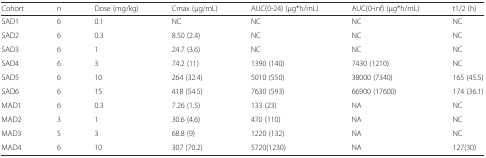
| Cohort | n | Dose (mg/kg) | Cmax (μg/mL) | AUC(0-24) (μg*h/mL) | AUC(0-inf) (μg*h/mL) | t1/2 (h) |
 | --- | --- | --- | --- | --- | --- | --- |
 | SAD1 | 6 | 0.1 | NC | NC | NC | NC |
 | SAD2 | 6 | 0.3 | 8.50 (2.4) | NC | NC | NC |
 | SAD3 | 6 | 1 | 24.7 (3.6) | NC | NC | NC |
 | SAD4 | 6 | 3 | 74.2 (11) | 1390 (140) | 7430 (1210) | NC |
 | SAD5 | 6 | 10 | 264 (32.4) | 5010 (550) | 38000 (7340) | 165 (45.5) |
 | SAD6 | 6 | 15 | 418 (54.5) | 7630 (593) | 66900 (17600) | 174 (36.1) |
 | MAD1 | 6 | 0.3 | 7.26 (1.5) | 133 (23) | NA | NC |
 | MAD2 | 3 | 1 | 30.6 (4.6) | 470 (110) | NA | NC |
 | MAD3 | 5 | 3 | 68.8 (9) | 1220 (132) | NA | NC |
 | MAD4 | 6 | 10 | 307 (70.2) | 5720(1230) | NA | 127(30) |